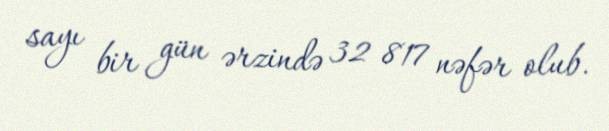
sayı bir gün ərzində 32 817 nəfər olub.